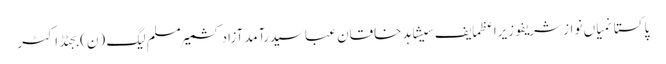
پاکستانمیاں نواز شریفوزیراعظمایف سیشاہد خاقان عباسیدرآمدآزاد کشمیرمسلم لیگ (ن)بجٹڈاکٹر